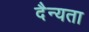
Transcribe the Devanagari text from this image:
दैन्यता